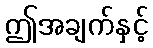
ဤအချက်နှင့်